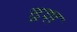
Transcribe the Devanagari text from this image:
द्रश